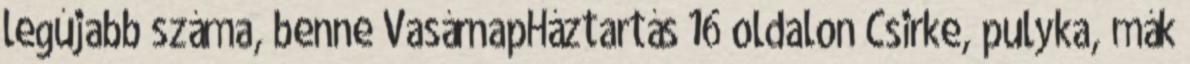
legújabb száma, benne VasárnapHáztartás 16 oldalon Csirke, pulyka, mák